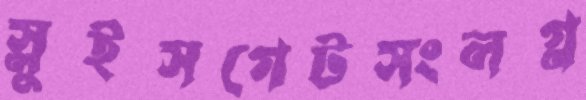
স্লুইসগেটসংলগ্ন